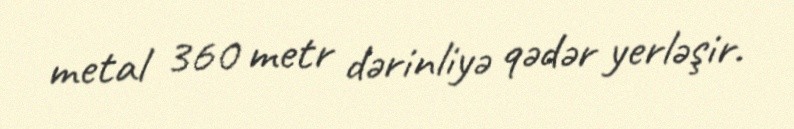
metal 360 metr dərinliyə qədər yerləşir.